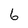
Character: 6